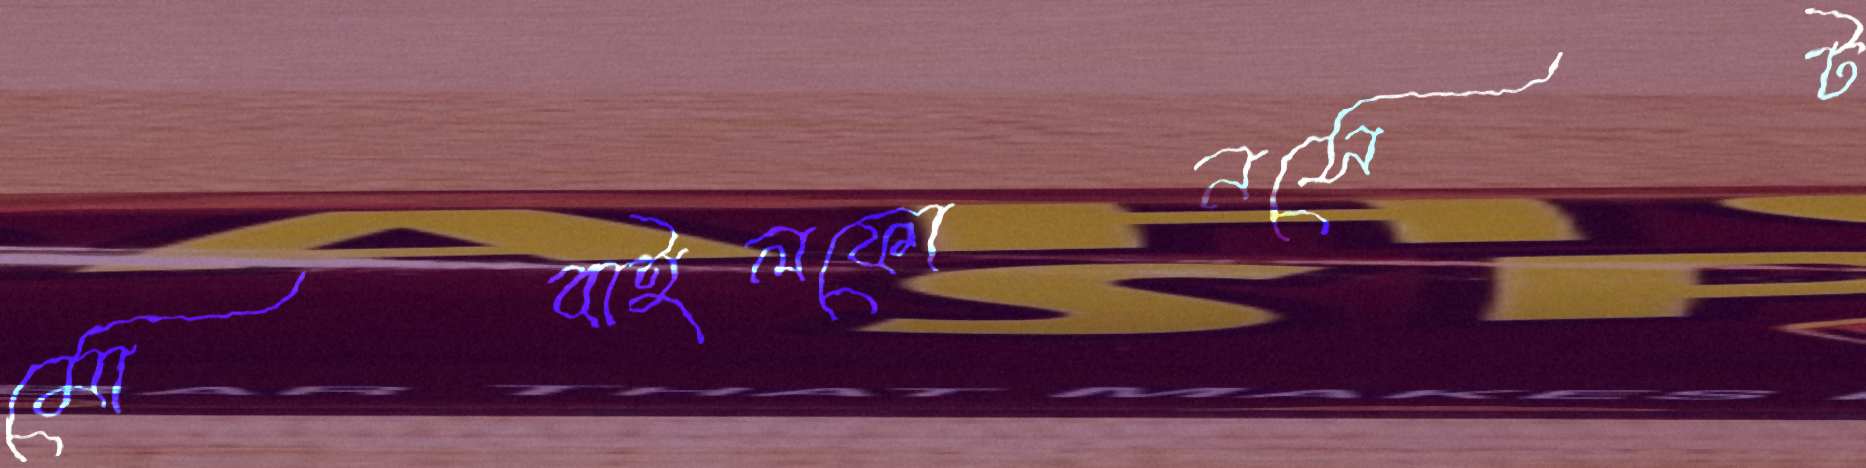
মোবাইলফোনসেট